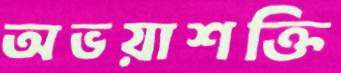
অভয়াশক্তি